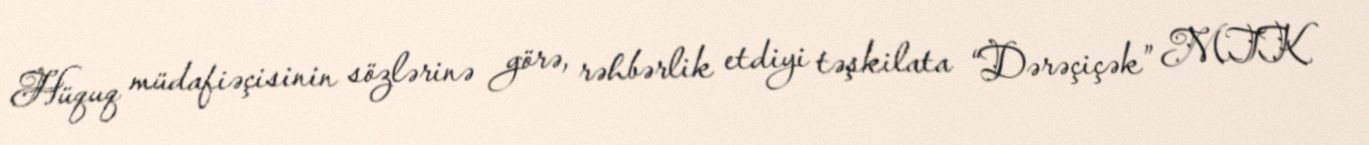
Hüquq müdafiəçisinin sözlərinə görə, rəhbərlik etdiyi təşkilata “Dərəçiçək” MTK